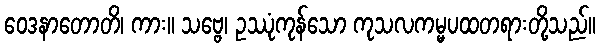
ဝေဒနာတောတိ၊ ကား။ သဗ္ဗေ၊ ဥဿုံကုန်သော ကုသလကမ္မပထတရားတို့သည်။